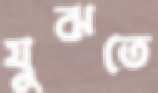
যুঝতে